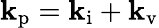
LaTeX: \mathbf{k}_{\mathrm{p}}=\mathbf{k}_{\mathrm{i}}+\mathbf{k}_{\mathrm{v}}